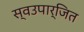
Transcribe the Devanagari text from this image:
स्वउपार्जित